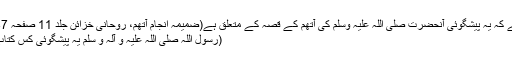
سو یاد رہے کہ یہ پیشگوئی آنحضرت صلی اللہ علیہ وسلم کی آتھم کے قصہ کے متعلق ہے(ضمیمہ انجام آتھم، روحانی خزائن جلد 11 صفحہ 287-288)
(رسول اللہ صلی اللہ علیہ و آلہ و سلم یہ پیشگوئی کس کتاب میں ہے؟